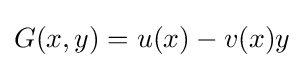
G(x,y)=u(x)-v(x)y